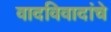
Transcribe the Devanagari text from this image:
वादविवादांचे